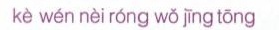
kè wén nèi róng wǒ jīng tōng